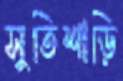
সুতিশাড়ি